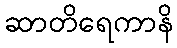
ဆာတိရေကာနိ